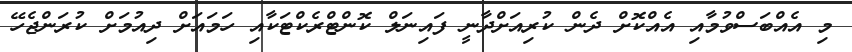
މި އެއްބަސްވުމާއި އެއްކޮށް ދެން ކުރިއަށްދާނީ ފައިނަލް ކޮންޓްރެކްޓަކާއި ހަމައަށް ދިއުމަށް ކުރަންޖެހޭ